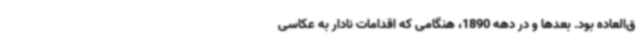
ق‌العاده بود. بعدها و در دهه 1890، هنگامی که اقدامات نادار به عکاسی